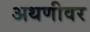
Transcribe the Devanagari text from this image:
अथणीवर